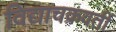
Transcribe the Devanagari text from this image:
विद्याचक्रवर्ती